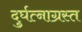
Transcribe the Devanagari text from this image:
दुर्घत्नाग्रस्त